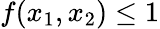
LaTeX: f(x_{1},x_{2})\le 1